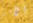
الأمر